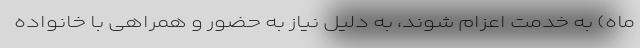
ماه) به خدمت اعزام شوند، به دلیل نیاز به حضور و همراهی با خانواده